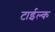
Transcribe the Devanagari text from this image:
टाईल्क